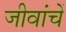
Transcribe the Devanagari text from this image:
जीवांचें